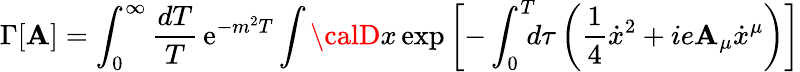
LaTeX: \Gamma\lbrack\mathbf{A}\rbrack=\int_{0}^{\infty}{\frac{{dT}}{{T}}}\, \mathrm{{e}}^{-m^{2}T}\int{\calD}x\, \mathrm{{exp}}\left[-\int_{0}^{T}\! \! \! d\tau\left({\frac{{1}}{{4}}}{\dot{{x}}}^{2}+ie\mathbf{A}_{\mu}\dot{{x}}^{\mu}\right)\right]